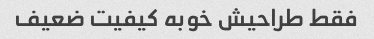
فقط طراحیش خوبه کیفیت ضعیف